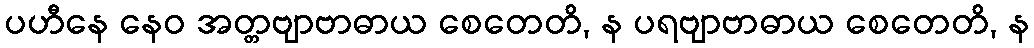
ပဟီနေ နေဝ အတ္တဗျာဗာဓာယ စေတေတိ, န ပရဗျာဗာဓာယ စေတေတိ, န